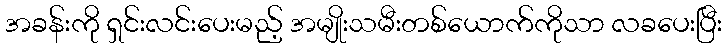
အခန်းကို ရှင်းလင်းပေးမည့် အမျိုးသမီးတစ်ယောက်ကိုသာ လခပေးပြီး